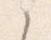
之